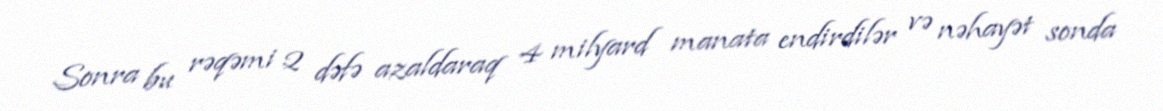
Sonra bu rəqəmi 2 dəfə azaldaraq 4 milyard manata endirdilər və nəhayət sonda